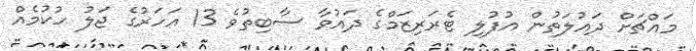
މައްޗަށް ދައުލަތުން އުފުލި ޓެރަރިޒަމްގެ ދައުވާ ސާބިތުވެ 13 އަހަރުގެ ޖަލު ހުކުމެއް